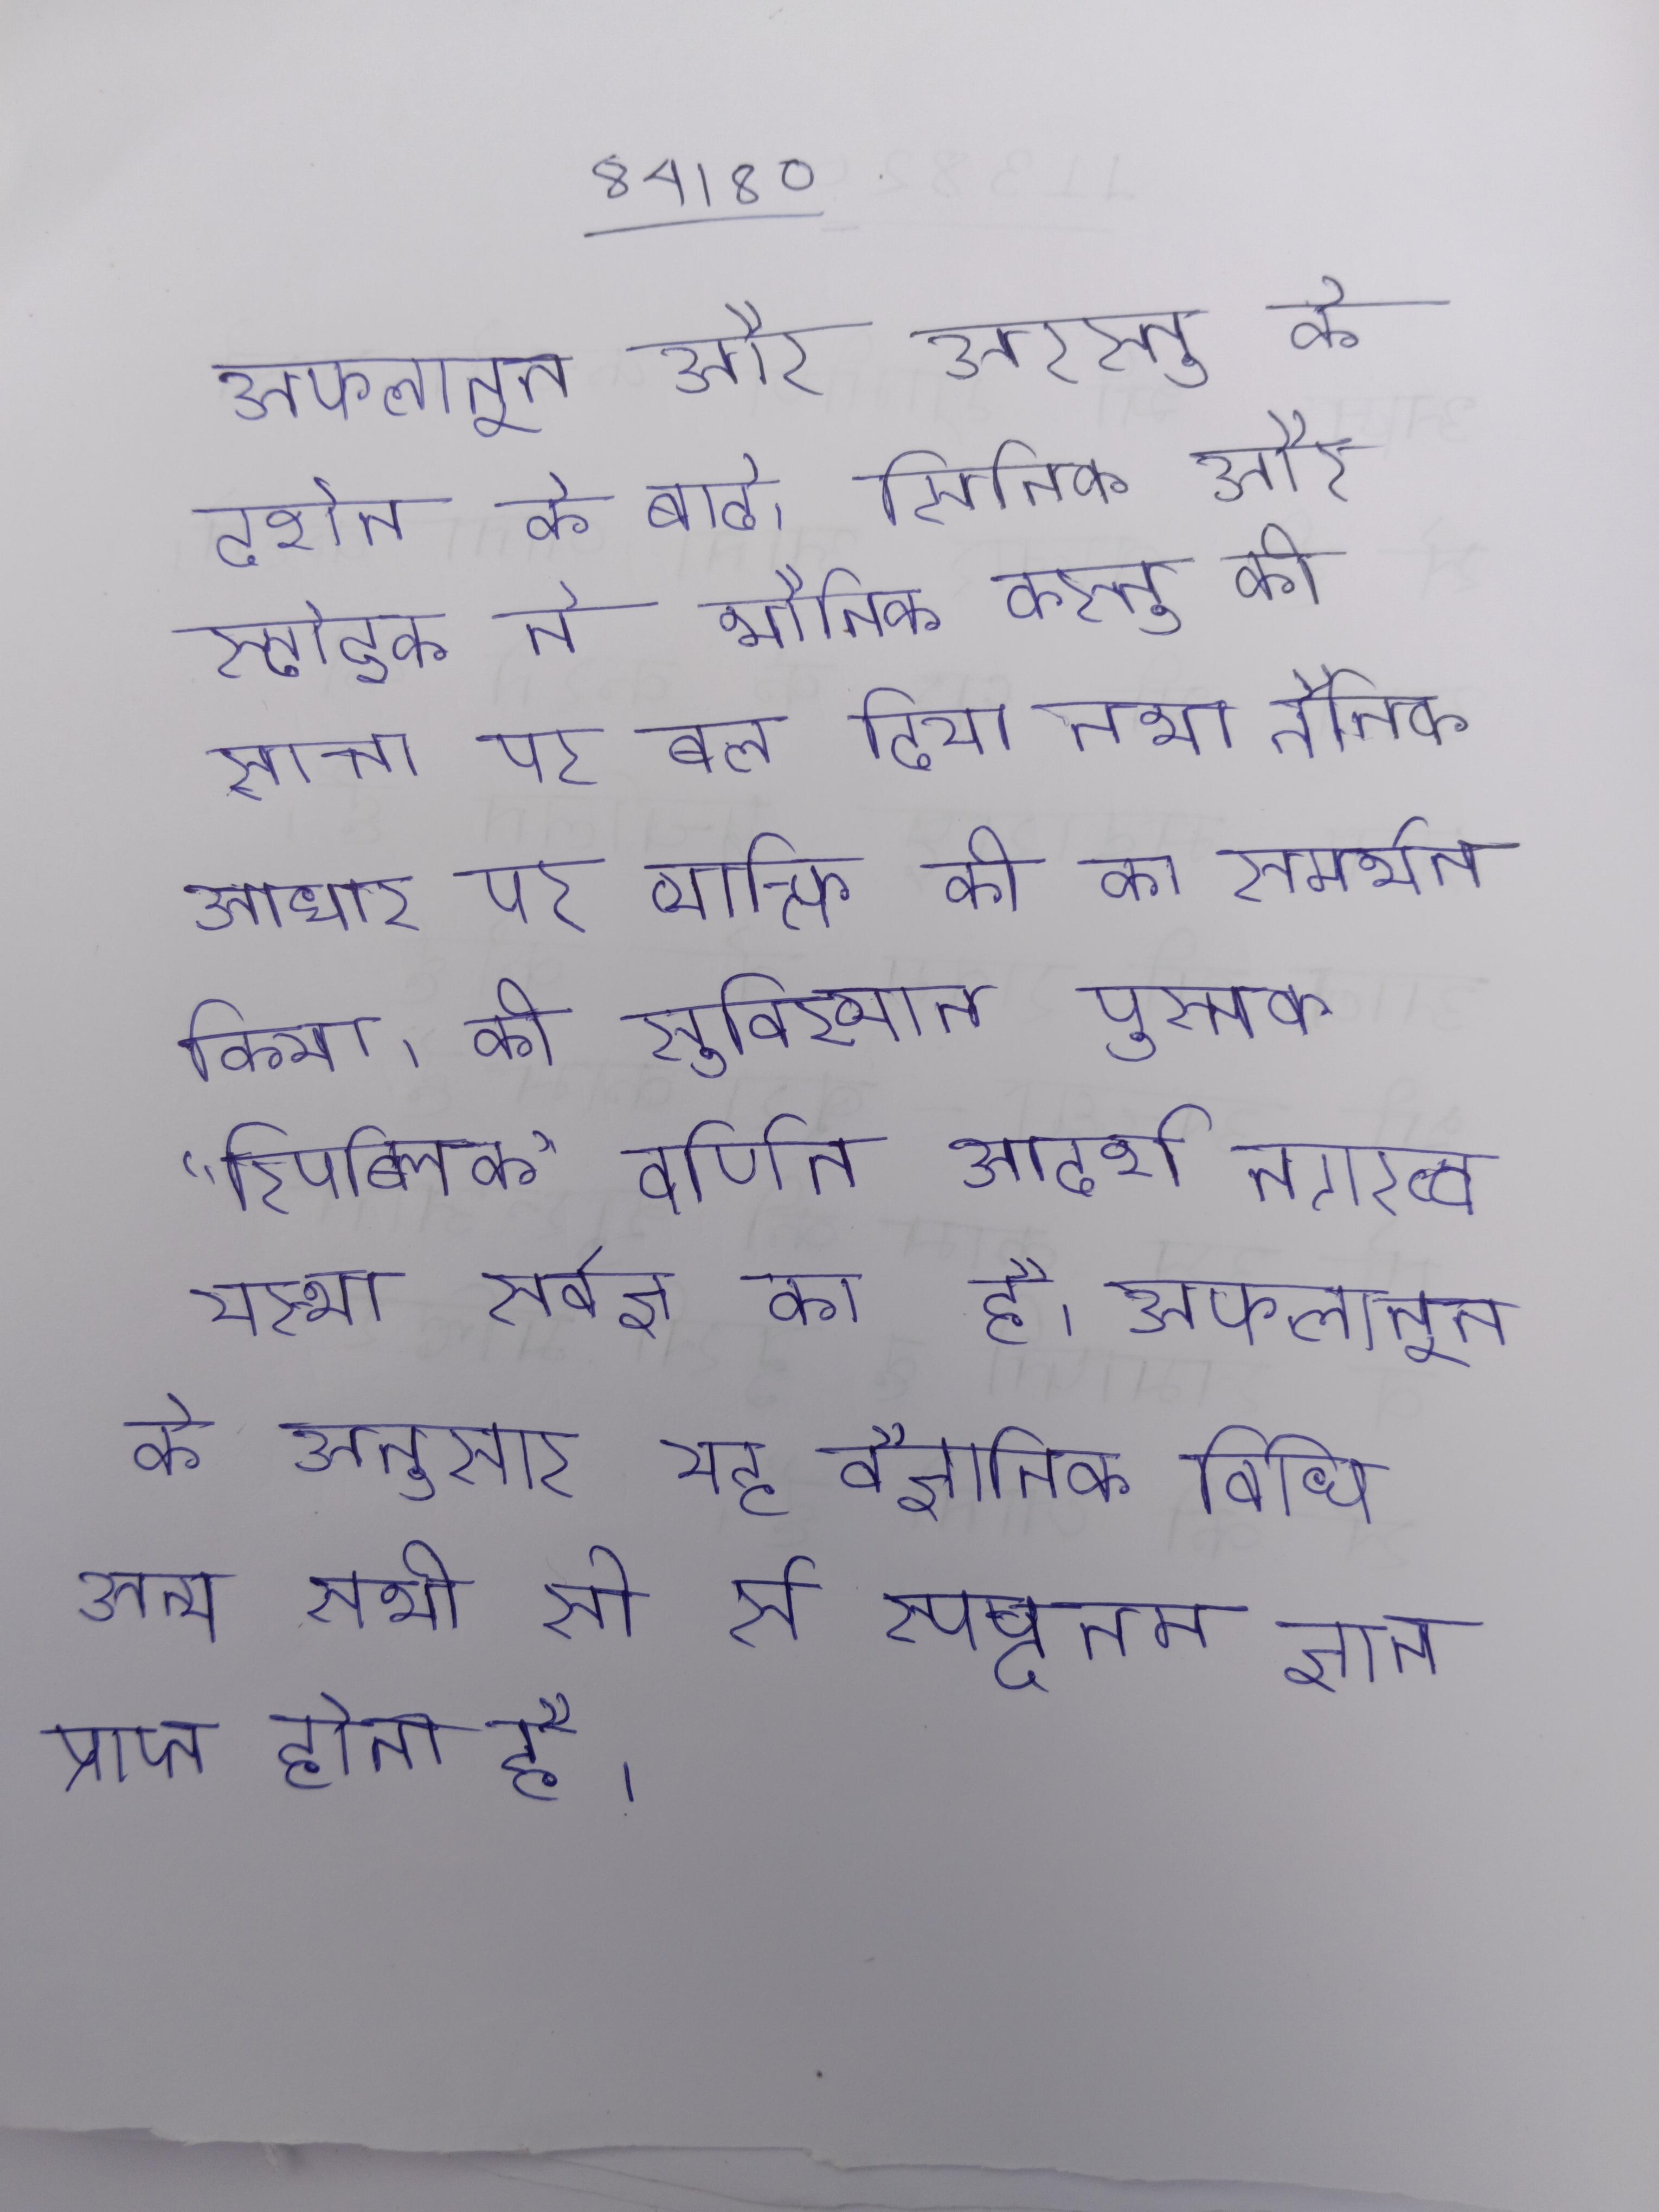
अफलातून और अरस्तू के दर्शन के बाद, सिनिक और स्टोइक ने भौतिक वस्तु की सत्ता पर बल दिया तथा नैतिक आधार पर व्यक्ति की का समर्थन किया । की सुविख्यात पुस्तक "रिपब्लिक" वर्णित आदर्श नगरव्वयस्था सर्वज्ञ का है । अफलातून के अनुसार यह वैज्ञानिक विधि अन्य सभी से श्रेष्ठ है, इसके माध्यम से स्पष्टतम ज्ञान प्राप्त होता है ।